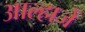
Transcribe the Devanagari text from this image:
आल्हाजें